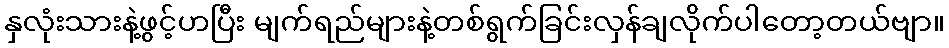
နှလုံးသားနဲ့ဖွင့်ဟပြီး မျက်ရည်များနဲ့တစ်ရွက်ခြင်းလှန်ချလိုက်ပါတော့တယ်ဗျာ။